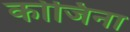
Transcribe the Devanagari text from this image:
कोजिना